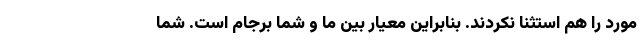
مورد را هم استثنا نکردند. بنابراین معیار بین ما و شما برجام است. شما